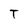
Character: T